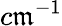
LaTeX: c\mathfrak{m}^{-1}